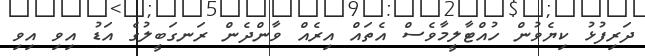
ދަރިފުޅު ކިޔެވުން ހުއްޓާލީމާވެސް އެތައް އިރެއް ވާންދެން ރަނގަބީލުގެ އަޑު އިވި އިވި